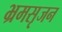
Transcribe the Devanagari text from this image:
भ्रमसृजन